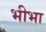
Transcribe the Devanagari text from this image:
भीभा